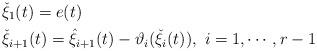
LaTeX: \begin{align*}&\check{\xi}_{1}(t)=e(t)\\&\check{\xi}_{i+1}(t)=\hat{\xi}_{i+1}(t)-\vartheta_{i}(\check{\xi}_{i}(t)),~i=1,\cdots,r-1\\\end{align*}